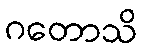
ဂတောသိ